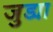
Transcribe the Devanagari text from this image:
जुड्या